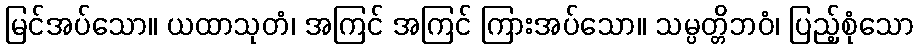
မြင်အပ်သော။ ယထာသုတံ၊ အကြင် အကြင် ကြားအပ်သော။ သမ္ပတ္တိဘဝံ၊ ပြည့်စုံသော